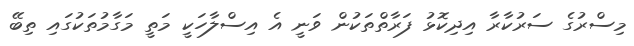
މިސްރުގެ ސަރުކާރާ އިދިކޮޅު ފަރާތްތަކުން ވަނީ އެ އިސްލާހަކީ މަތީ މަގާމުތަކުގައި ތިބޭ